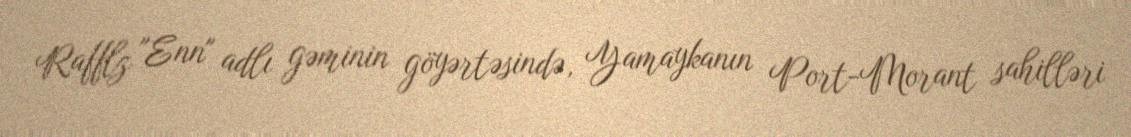
Rafflz "Enn" adlı gəminin göyərtəsində, Yamaykanın Port-Morant sahilləri